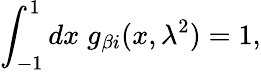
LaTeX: \int_{-1}^{1}dx\; g_{\beta i}(x,\lambda^{2})=1,